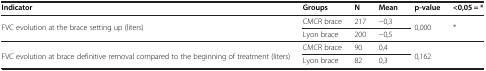
| Indicator | Groups | N | Mean | p-value | <0,05 = * |
 | --- | --- | --- | --- | --- | --- |
 | <ROWSPAN=2> FVC evolution at the brace setting up (liters) | CMCR brace | 217 | −0,3 | <ROWSPAN=2> 0,000 | <ROWSPAN=2> * |
 | Lyon brace | 200 | −0,5 |
 | <ROWSPAN=2> FVC evolution at brace definitive removal compared to the beginning of treatment (liters) | CMCR brace | 90 | 0,4 | <ROWSPAN=2> 0,162 | <ROWSPAN=2>  |
 | Lyon brace | 82 | 0,3 |